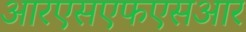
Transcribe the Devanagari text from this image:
आरएसएफएसआर